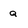
Character: a